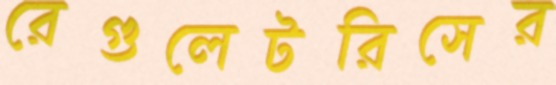
রেগুলেটরিসের